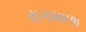
રાગમાળા